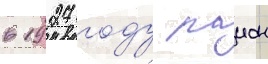
в 1927 году раион